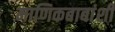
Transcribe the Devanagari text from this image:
माणिकबाबांशी